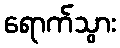
ရောက်သွား